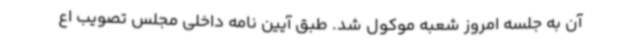
آن به جلسه امروز شعبه موکول شد. طبق آیین نامه داخلی مجلس تصویب اع